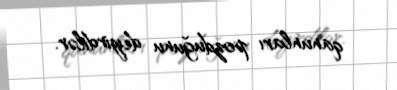
qanunları pozduğunu deyirdilər.